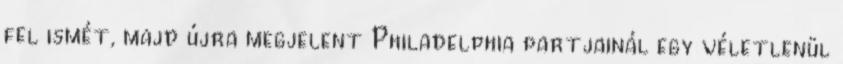
fel ismét, majd újra megjelent Philadelphia partjainál egy véletlenül